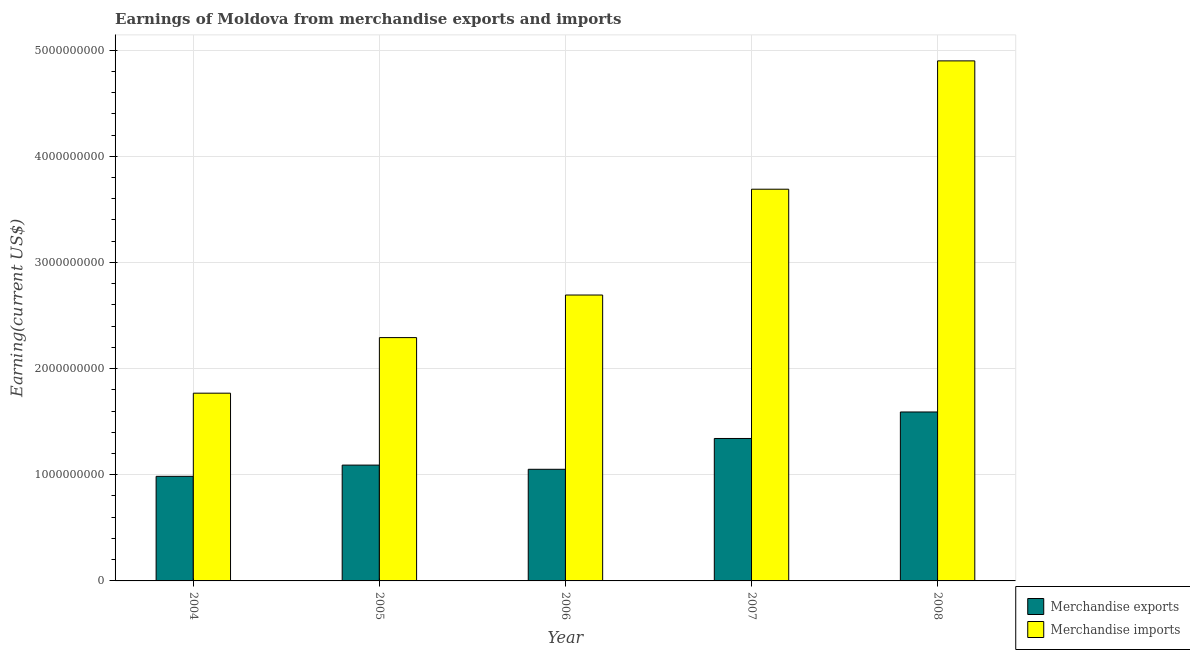
| Year | Merchandise exports | Merchandise imports |
 | --- | --- | --- |
 | 2004 | 9.85e+08 | 1.77e+09 |
 | 2005 | 1.09e+09 | 2.29e+09 |
 | 2006 | 1.05e+09 | 2.69e+09 |
 | 2007 | 1.34e+09 | 3.69e+09 |
 | 2008 | 1.59e+09 | 4.9e+09 |